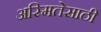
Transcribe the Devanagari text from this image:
अस्मितेसाठी